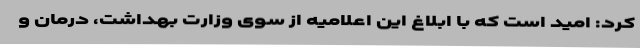
کرد: امید است که با ابلاغ این اعلامیه از سوی وزارت بهداشت، درمان و